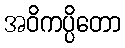
အဝိကပ္ပိတော